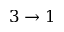
3 \to 1